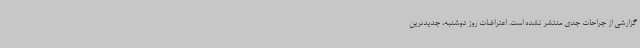
گزارشی از جراحات جدی منتشر نشده است. اعتراضات روز دوشنبه، جدیدترین